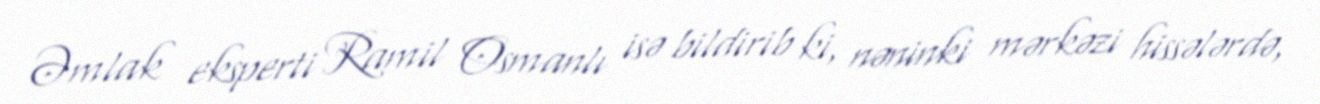
Əmlak eksperti Ramil Osmanlı isə bildirib ki, nəninki mərkəzi hissələrdə,